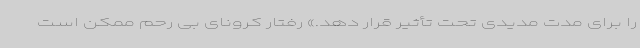
را برای مدت مدیدی تحت تأثیر قرار دهد.» رفتار کرونای بی رحم ممکن است